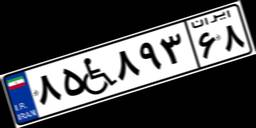
۸۵W۸۹۳۶۸